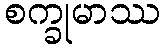
စက္ခုမာဿ